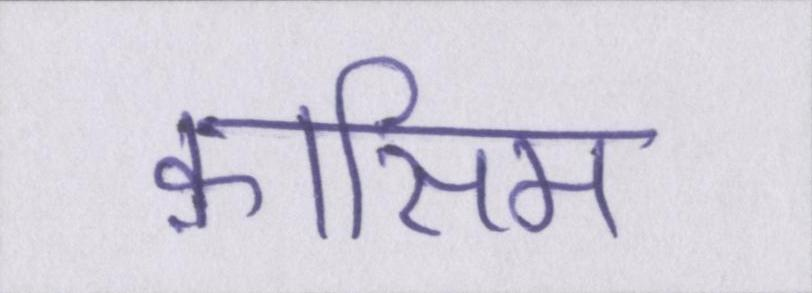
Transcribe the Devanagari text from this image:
क़ासिम